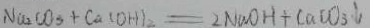
N a _ { 2 } C O _ { 3 } + C a ( O H ) _ { 2 } = 2 N a O H + C a C O _ { 3 } \downarrow